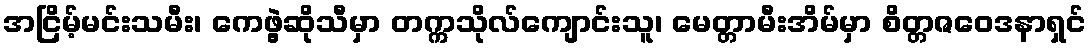
အငြိမ့်မင်းသမီး၊ ကေဖွဲ့ဆိုသီမှာ တက္ကသိုလ်ကျောင်းသူ၊ မေတ္တာမီးအိမ်မှာ စိတ္တဇဝေဒနာရှင်